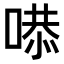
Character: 𠹅